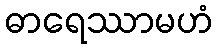
ဓာရေဿာမဟံ